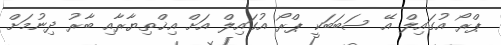
ޕްރޯ އުގައިލް އޭ ސަބަބަކީ ޕްރޯ އުގައިލް އަށް އިޚްތިޔާރާއި ބާރު ދިނުމަށް